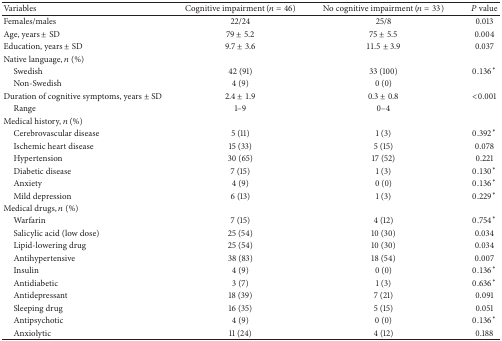
| Variables | Cognitive impairment (n = 46) | No cognitive impairment (n = 33) | P value |
 | --- | --- | --- | --- |
 | Females/males | 22/24 | 25/8 | 0.013 |
 | Age, years ± SD | 79 ± 5.2 | 75 ± 5.5 | 0.004 |
 | Education, years ± SD | 9.7 ± 3.6 | 11.5 ± 3.9 | 0.037 |
 | Native language, n (%) |  |  |  |
 | Swedish | 42 (91) | 33 (100) | 0.136* |
 | Non-Swedish | 4 (9) | 0 (0) |  |
 | Duration of cognitive symptoms, years ± SD | 2.4 ± 1.9 | 0.3 ± 0.8 | <0.001 |
 | Range | 1–9 | 0–4 |  |
 | Medical history, n (%) |  |  |  |
 | Cerebrovascular disease | 5 (11) | 1 (3) | 0.392* |
 | Ischemic heart disease | 15 (33) | 5 (15) | 0.078 |
 | Hypertension | 30 (65) | 17 (52) | 0.221 |
 | Diabetic disease | 7 (15) | 1 (3) | 0.130* |
 | Anxiety | 4 (9) | 0 (0) | 0.136* |
 | Mild depression | 6 (13) | 1 (3) | 0.229* |
 | Medical drugs, n (%) |  |  |  |
 | Warfarin | 7 (15) | 4 (12) | 0.754* |
 | Salicylic acid (low dose) | 25 (54) | 10 (30) | 0.034 |
 | Lipid-lowering drug | 25 (54) | 10 (30) | 0.034 |
 | Antihypertensive | 38 (83) | 18 (54) | 0.007 |
 | Insulin | 4 (9) | 0 (0) | 0.136* |
 | Antidiabetic | 3 (7) | 1 (3) | 0.636* |
 | Antidepressant | 18 (39) | 7 (21) | 0.091 |
 | Sleeping drug | 16 (35) | 5 (15) | 0.051 |
 | Antipsychotic | 4 (9) | 0 (0) | 0.136* |
 | Anxiolytic | 11 (24) | 4 (12) | 0.188 |